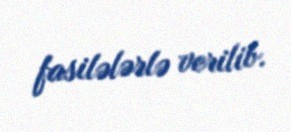
fasilələrlə verilib.